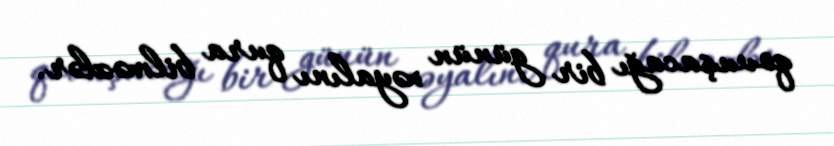
qovuşacağı bir günün xəyalını qura bilməzlər.